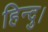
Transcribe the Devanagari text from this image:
हिन्दु।